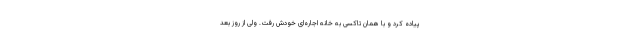
پیاده کرد و با همان تاکسی به خانه اجاره‌ای خودش رفت. ولی از روز بعد